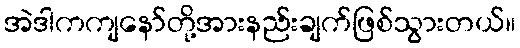
အဲဒါကကျနော်တို့အားနည်းချက်ဖြစ်သွားတယ်။